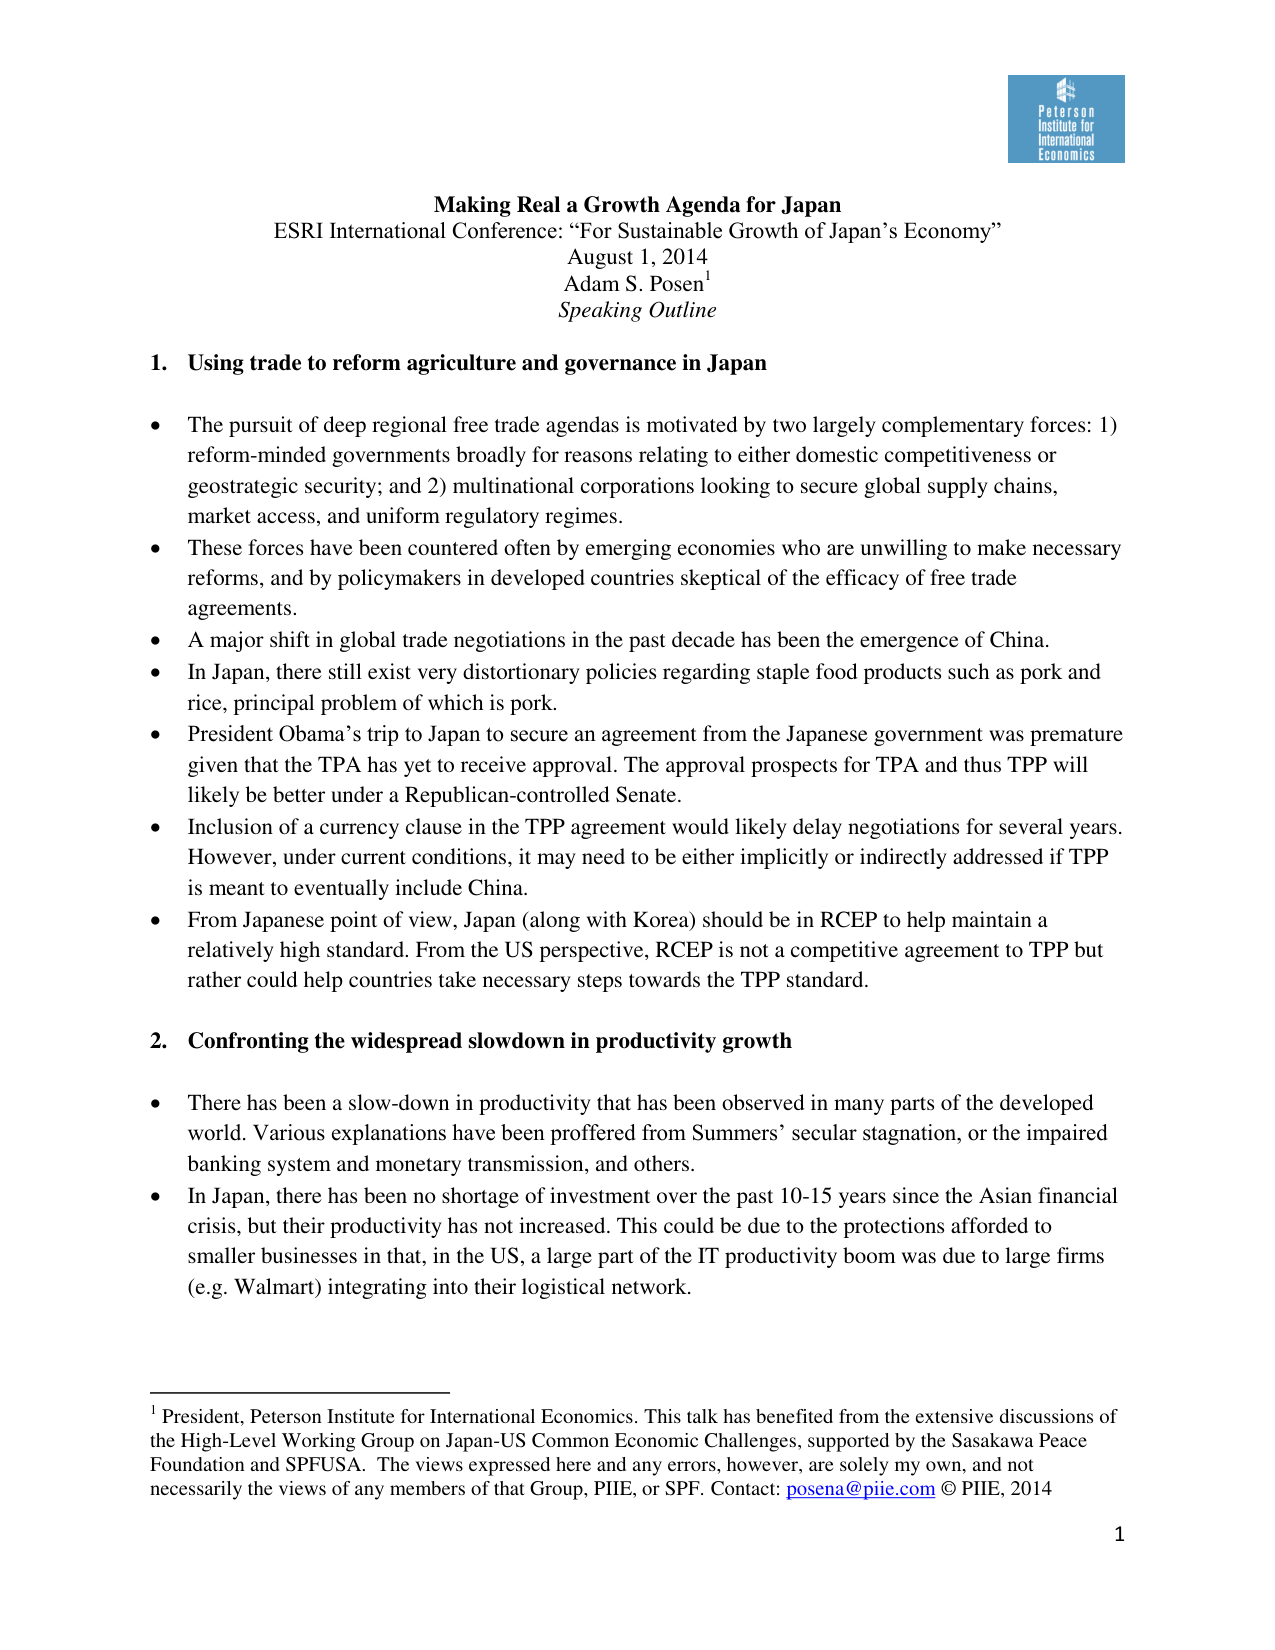
Making Real a Growth Agenda for Japan
ESRI International Conference: “For Sustainable Growth of Japan’s Economy”
August 1, 2014
Adam S. Posen¹
Speaking Outline

1. Using trade to reform agriculture and governance in Japan

• The pursuit of deep regional free trade agendas is motivated by two largely complementary forces: 1) reform-minded governments broadly for reasons relating to either domestic competitiveness or geostrategic security; and 2) multinational corporations looking to secure global supply chains, market access, and uniform regulatory regimes.
• These forces have been countered often by emerging economies who are unwilling to make necessary reforms, and by policymakers in developed countries skeptical of the efficacy of free trade agreements.
• A major shift in global trade negotiations in the past decade has been the emergence of China.
• In Japan, there still exist very distortionary policies regarding staple food products such as pork and rice, principal problem of which is pork.
• President Obama’s trip to Japan to secure an agreement from the Japanese government was premature given that the TPA has yet to receive approval. The approval prospects for TPA and thus TPP will likely be better under a Republican-controlled Senate.
• Inclusion of a currency clause in the TPP agreement would likely delay negotiations for several years. However, under current conditions, it may need to be either implicitly or indirectly addressed if TPP is meant to eventually include China.
• From Japanese point of view, Japan (along with Korea) should be in RCEP to help maintain a relatively high standard. From the US perspective, RCEP is not a competitive agreement to TPP but rather could help countries take necessary steps towards the TPP standard.

2. Confronting the widespread slowdown in productivity growth

• There has been a slow-down in productivity that has been observed in many parts of the developed world. Various explanations have been proffered from Summers’ secular stagnation, or the impaired banking system and monetary transmission, and others.
• In Japan, there has been no shortage of investment over the past 10-15 years since the Asian financial crisis, but their productivity has not increased. This could be due to the protections afforded to smaller businesses in that, in the US, a large part of the IT productivity boom was due to large firms (e.g. Walmart) integrating into their logistical network.

¹ President, Peterson Institute for International Economics. This talk has benefited from the extensive discussions of the High-Level Working Group on Japan-US Common Economic Challenges, supported by the Sasakawa Peace Foundation and SPFUSA. The views expressed here and any errors, however, are solely my own, and not necessarily the views of any members of that Group, PIIE, or SPF. Contact: posena@piie.com © PIIE, 2014

Peterson Institute for International Economics

1